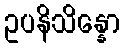
ဥပနိသိန္နော